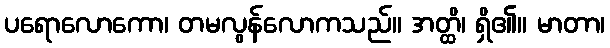
ပရောလောကော၊ တမလွန်လောကသည်။ အတ္ထိ၊ ရှိ၏။ မာတာ၊